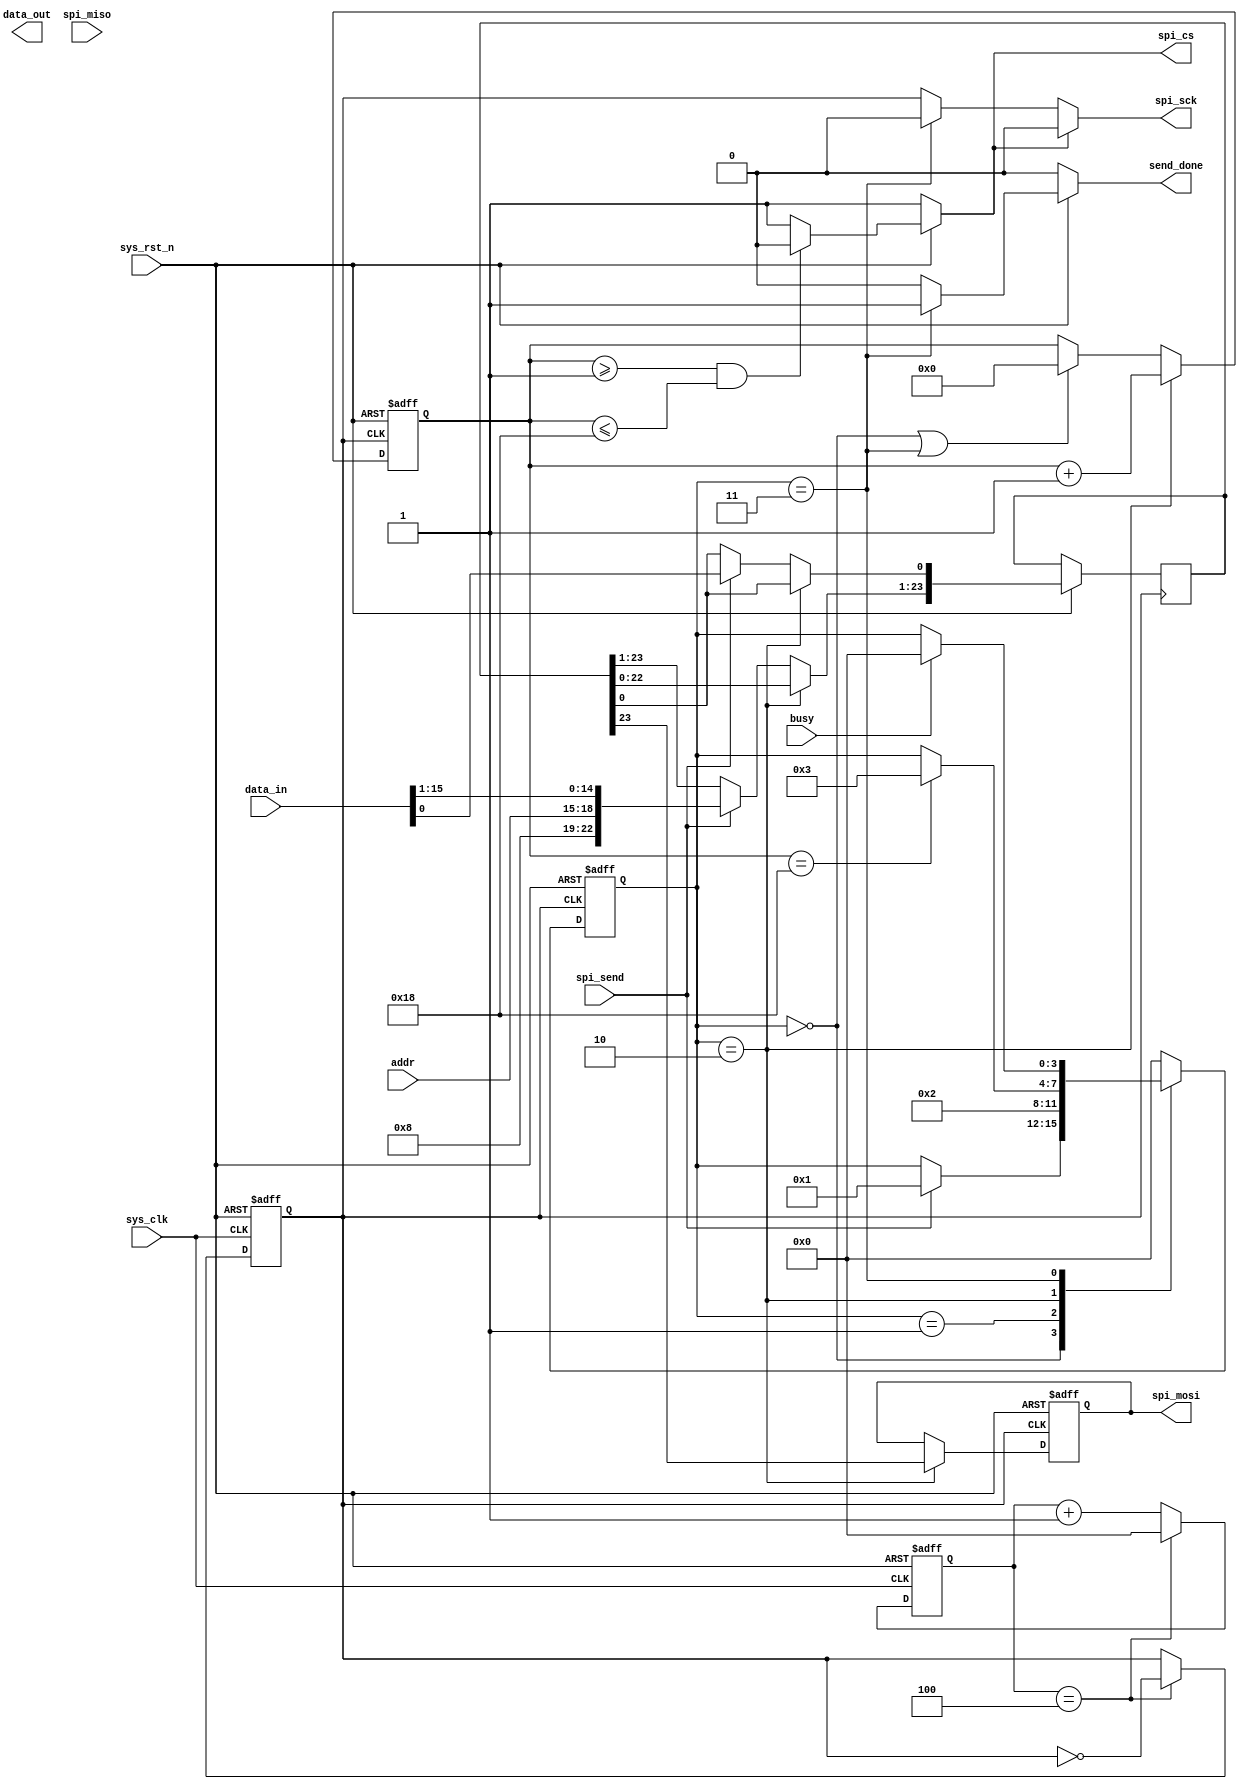
`timescale 1ns/1ps
module spi_master(
    input sys_clk,//50Mhz
    input sys_rst_n,

    input busy,
    input [3:0]addr,
    input [15:0]data_in,
    output [23:0]data_out,//

    //spi
    input spi_miso,
    output spi_cs,
    output spi_sck,//5Mhz
    output spi_mosi,
    
    input spi_send,
    output send_done
);
    reg [7:0] count;//
    
    //CS
    localparam IDLE=0,
    CS_L=1,
    DATA=2,
    FINISH=3;
    reg [3:0]cur_st,nxt_st;
    
    reg [23:0] data_latch;
    reg sck_reg ;
    reg spi_sck_m;
    reg cs_reg;
    reg send_done_reg;
    reg spi_mosi_reg;

    reg [3:0]div_cnt ;

    //
    always@(posedge sys_clk or negedge sys_rst_n) begin
       if(~sys_rst_n)
       div_cnt <= 0;
       else begin
        if(div_cnt==4)
        div_cnt <= 0;
        else
        div_cnt <= div_cnt+1;
       end
    end
   
    //5MHz
    always@(posedge sys_clk or negedge sys_rst_n) begin
       if(~sys_rst_n)
       sck_reg <= 0;
       else begin
        if(div_cnt==4)
        sck_reg <= ~sck_reg;
        else
        sck_reg <= sck_reg;
       end
    end

    //sckCS
    always@(*)
    if(spi_cs)
       spi_sck_m=0;
       else begin
        if(cur_st==FINISH)
          spi_sck_m=0;
          else if(~spi_cs)
          spi_sck_m=sck_reg;
                else
          spi_sck_m=0;      

       end 
    assign spi_sck = spi_sck_m;
    //   
    always@(posedge sck_reg or negedge sys_rst_n) begin
      if(~sys_rst_n)
        cur_st<=0;
        else
        cur_st<=nxt_st;
    end

    always@(*)
    begin
      nxt_st=cur_st;
      case (cur_st)
          IDLE:if(spi_send)
               nxt_st=CS_L;
          CS_L:nxt_st=DATA;
          DATA:if (count==24)//
                  nxt_st=FINISH;
          FINISH:if(busy)
                 nxt_st=IDLE;
        default:nxt_st=IDLE;        
        
      endcase
    end

    //
    always @(*) 
    if(~sys_rst_n)
      send_done_reg=0;
    else if(cur_st==FINISH)
      send_done_reg=1;
         else
      send_done_reg=0;

    assign send_done=send_done_reg;  

    //CS
    always@(*) 
      if(~sys_rst_n)
        cs_reg=1;
      else if(count>=1 && count<=24)
        cs_reg=0;
            else
        cs_reg=1;

    assign spi_cs=cs_reg;

    //
    always@(posedge sck_reg or negedge sys_rst_n) begin
        if(~sys_rst_n)
           count<=0;
        else if(cur_st==DATA)
           count<=count+1;
             else if(cur_st==IDLE|cur_st==FINISH)
            count<=0;
    end
    //MOSI
    always@(posedge sck_reg or negedge sys_rst_n) begin
       if(~sys_rst_n)
         spi_mosi_reg<=0;
         else if(cur_st==DATA)
         begin
            data_latch[23:1]<=data_latch[22:0];
            spi_mosi_reg<=data_latch[23];    
         end   
               else if(spi_send)
            data_latch <= {4'b1000,addr,data_in};     
    
    end   
    
    assign spi_mosi=spi_mosi_reg;
endmodule